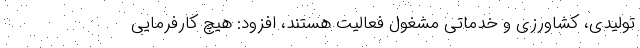
تولیدی، کشاورزی و خدماتی مشغول فعالیت هستند، افزود: هیچ کارفرمایی